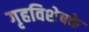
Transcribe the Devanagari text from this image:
गृहविशेषके